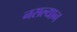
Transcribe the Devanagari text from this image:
नसल्यान